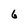
Character: 6